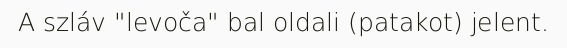
A szláv "levoča" bal oldali (patakot) jelent.